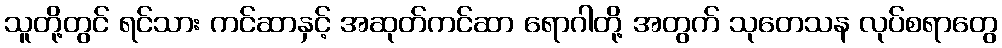
သူတို့တွင် ရင်သား ကင်ဆာနှင့် အဆုတ်ကင်ဆာ ရောဂါတို့ အတွက် သုတေသန လုပ်စရာတွေ